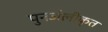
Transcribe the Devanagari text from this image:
पुनर्जलीकृत